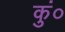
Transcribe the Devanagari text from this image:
कुं०